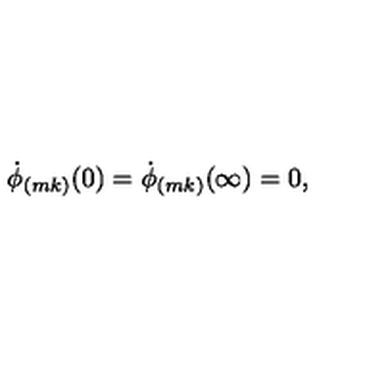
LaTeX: \dot { \phi } _ { ( m k ) } ( 0 ) = \dot { \phi } _ { ( m k ) } ( \infty ) = 0 ,